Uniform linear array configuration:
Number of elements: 48
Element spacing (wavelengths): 0.75
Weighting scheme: uniform
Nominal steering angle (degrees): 60
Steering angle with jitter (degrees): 58.861
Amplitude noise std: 0.05
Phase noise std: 0.05

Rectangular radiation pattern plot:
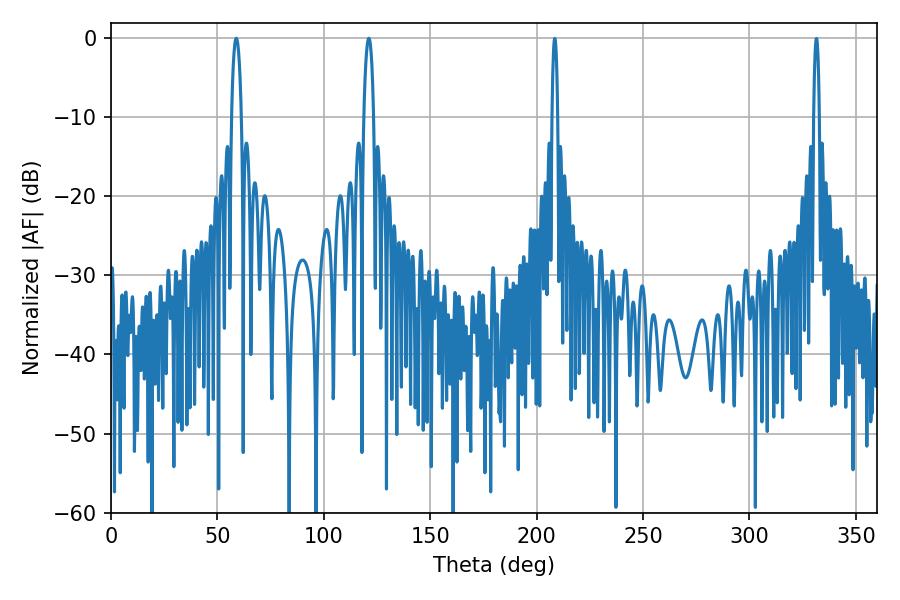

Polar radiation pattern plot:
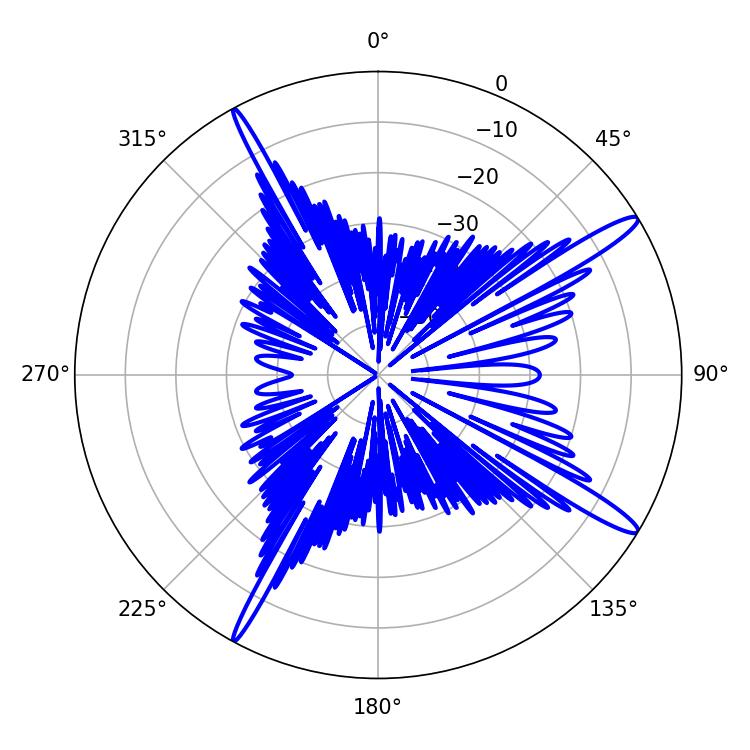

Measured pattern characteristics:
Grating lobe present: TRUE
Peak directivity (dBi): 15.116
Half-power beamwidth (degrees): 2.52
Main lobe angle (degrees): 58.86